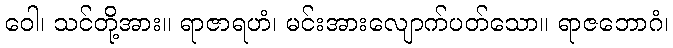
ဝေါ၊ သင်တို့အား။ ရာဇာရဟံ၊ မင်းအားလျောက်ပတ်သော။ ရာဇဘောဂံ၊